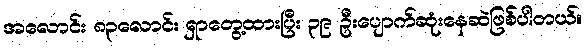
အလောင်း ၈၃လောင်း ရှာတွေ့ထားပြီး ၃၉ ဦးပျောက်ဆုံးနေဆဲဖြစ်ပါတယ်။